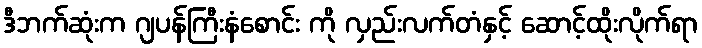
ဒီဘက်ဆုံးက ဂျပန်ကြီးနံစောင်း ကို လှည်းလက်တံနှင့် ဆောင့်ထိုးလိုက်ရာ